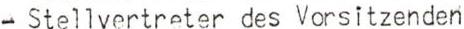
- Stellvertreter des Vorsitzenden